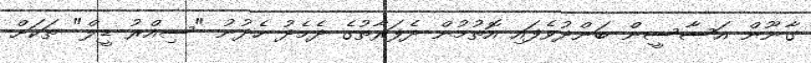
ގާނޫން އަސާސީން ބަންދުވެފައި އޮތުމުން ދެފަރާތުގެ ދެމެދު ހެދުނު "ސިއްރު ޑީލް" ތަކަށް